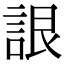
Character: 詪